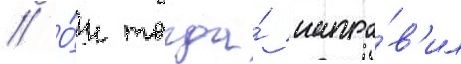
// О́н тогда́ напра́в'ил